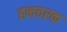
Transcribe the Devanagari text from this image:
हनचरक